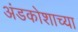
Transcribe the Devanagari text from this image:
अंडकोशाच्या